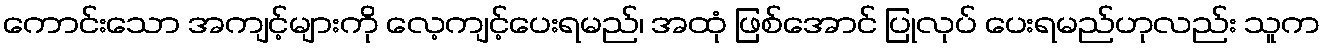
ကောင်းသော အကျင့်များကို လေ့ကျင့်ပေးရမည်၊ အထုံ ဖြစ်အောင် ပြုလုပ် ပေးရမည်ဟုလည်း သူက